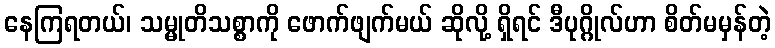
နေကြရတယ်၊ သမ္မုတိသစ္စာကို ဖောက်ဖျက်မယ် ဆိုလို့ ရှိရင် ဒီပုဂ္ဂိုလ်ဟာ စိတ်မမှန်တဲ့